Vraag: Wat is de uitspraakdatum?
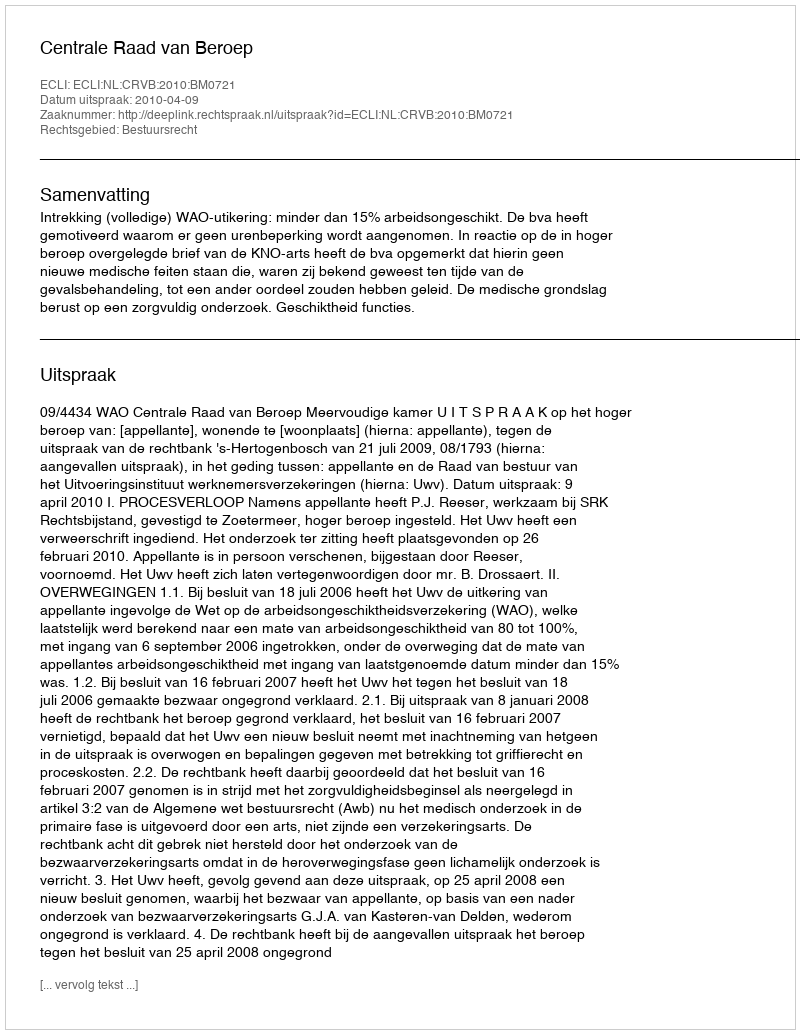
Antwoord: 2010-04-09